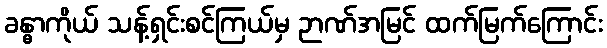
ခန္ဓာကိုယ် သန့်ရှင်းစင်ကြယ်မှ ဉာဏ်အမြင် ထက်မြက်ကြောင်း